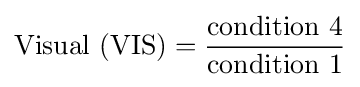
{\text{Visual (VIS)}}={\frac {\text{condition 4}}{\text{condition 1}}}